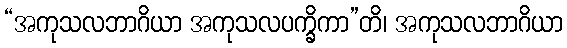
“အကုသလဘာဂိယာ အကုသလပက္ခိကာ”တိ၊ အကုသလဘာဂိယာ